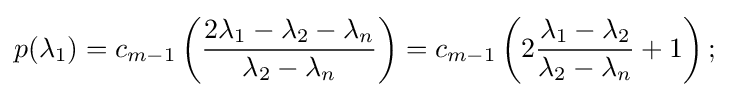
p(\lambda _{1})=c_{m-1}\left({\frac {2\lambda _{1}-\lambda _{2}-\lambda _{n}}{\lambda _{2}-\lambda _{n}}}\right)=c_{m-1}\left(2{\frac {\lambda _{1}-\lambda _{2}}{\lambda _{2}-\lambda _{n}}}+1\right);